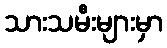
သားသမီးများမှာ